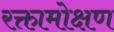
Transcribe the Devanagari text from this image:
रक्तामोक्षण